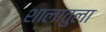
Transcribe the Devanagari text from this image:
शालातुला